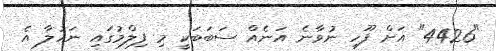
"4426" އަށް ފޫހި ނުވާނެ އަނެއް ސަބަބަކީ މި ފިލްމުގައި ނަހުލާ އެ